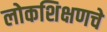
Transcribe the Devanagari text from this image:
लोकशिक्षणचे